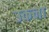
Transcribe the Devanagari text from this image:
उकना